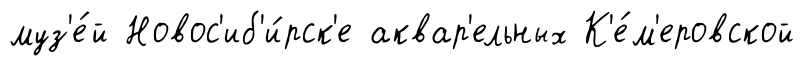
муз'е́й Новос'иб'и́рск'е аквар'ельных К'е́м'еровской